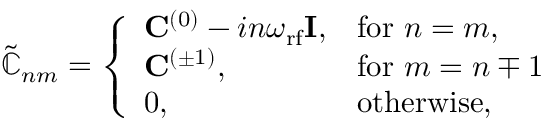
\begin{array} { r } { \tilde { \mathbb { C } } _ { n m } = \left\{ \begin{array} { l l } { \mathbf { C } ^ { ( 0 ) } - i n \omega _ { \mathrm { r f } } \mathbf { I } , } & { \mathrm { f o r } \ n = m , } \\ { \mathbf { C } ^ { ( \pm 1 ) } , } & { \mathrm { f o r } \ m = n \mp 1 } \\ { 0 , } & { \mathrm { o t h e r w i s e } , } \end{array} \right. } \end{array}